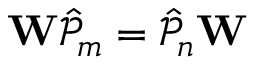
\mathbf { W } \mathcal { \hat { P } } _ { m } = \mathcal { \hat { P } } _ { n } \mathbf { W }